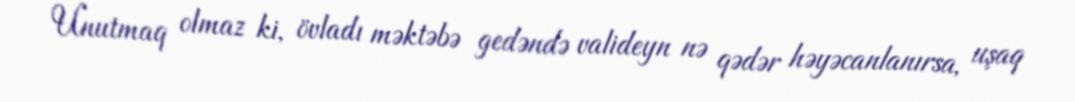
Unutmaq olmaz ki, övladı məktəbə gedəndə valideyn nə qədər həyəcanlanırsa, uşaq